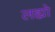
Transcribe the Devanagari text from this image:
लह्यो